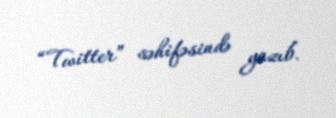
“Twitter” səhifəsində yazıb.